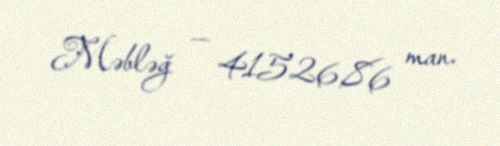
Məbləğ — 41526,86 man.